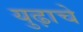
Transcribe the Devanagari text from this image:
युढ़ाचे